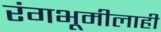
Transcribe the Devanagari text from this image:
रंगभूमीलाही